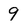
Character: 9